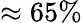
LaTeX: \approx 65\%